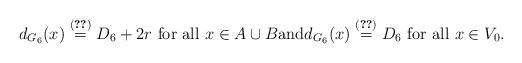
LaTeX: \begin{align*} d_{G_6}(x)\stackrel{(\ref{degrees5})}{=}D_6+2r \mbox{ for all } x \in A \cup B \mbox{and} d_{G_6}(x)\stackrel{(\ref{degrees5})}{=}D_6 \mbox{ for all } x \in V_0.\end{align*}